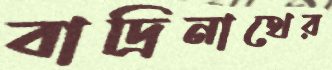
বাদ্রিনাথের